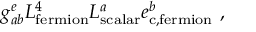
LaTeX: g _ { a b } ^ { e } L _ { \mathrm { f e r m i o n } } ^ { 4 } L _ { \mathrm { s c a l a r } } ^ { a } e _ { \mathrm { c , f e r m i o n } } ^ { b } ~ ,